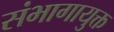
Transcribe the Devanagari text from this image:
संभागायुक्त